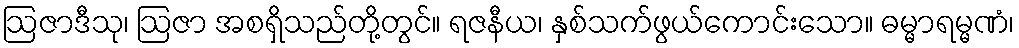
ဩဇာဒီသု၊ ဩဇာ အစရှိသည်တို့တွင်။ ရဇနီယ၊ နှစ်သက်ဖွယ်ကောင်းသော။ ဓမ္မာရမ္မဏံ၊